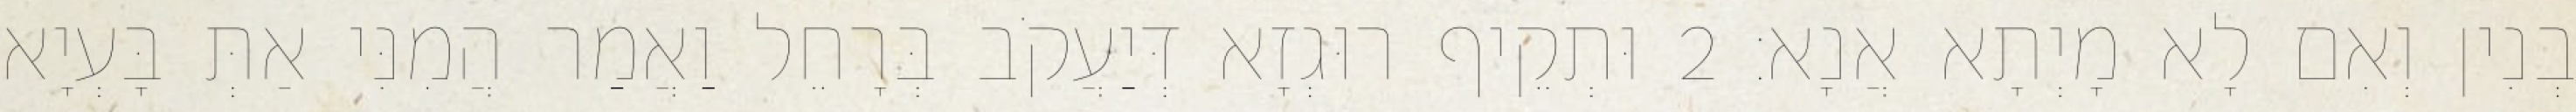
בְנִין וְאִם לָא מָיְתָא אֲנָא׃ 2 וּתְקֵיף רוּגְזָא דְּיַעֲקֹב בְּרָחֵל וַאֲמַר הֲמִנִּי אַתְּ בָּעְיָא